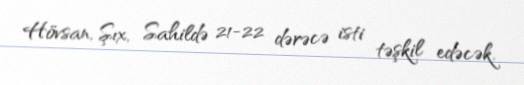
Hövsan, Şıx, Sahildə 21-22 dərəcə isti təşkil edəcək.